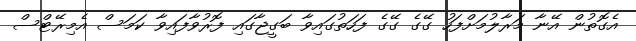
އެގޮތުން އޭނާ މަރާލުމަށްފަހު ގޭގެ ގޭގެ ފަހަތުގައިވާ ބަގީޖާގައި ފޮރުވާފައިވާ ކަމަސް އެމިރޭޓްސް